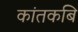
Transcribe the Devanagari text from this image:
कांतकबि